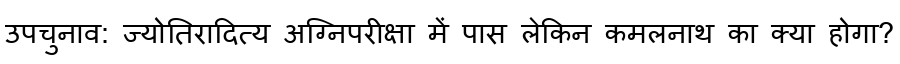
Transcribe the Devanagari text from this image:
उपचुनाव: ज्योतिरादित्य अग्निपरीक्षा में पास लेकिन कमलनाथ का क्या होगा?